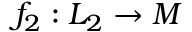
f _ { 2 } : L _ { 2 } \to M